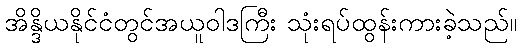
အိန္ဒိယနိုင်ငံတွင်အယူဝါဒကြီး သုံးရပ်ထွန်းကားခဲ့သည်။